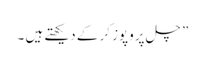
” چل پروپوز کر کے دیکھتے ہیں ۔